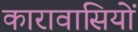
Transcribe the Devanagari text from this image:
कारावासियों